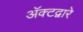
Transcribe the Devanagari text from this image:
अॅक्टद्वारे